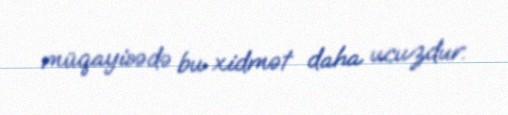
müqayisədə bu xidmət daha ucuzdur.